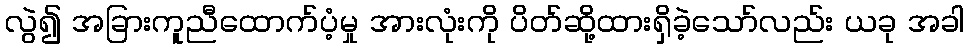
လွဲ၍ အခြားကူညီထောက်ပံ့မှု အားလုံးကို ပိတ်ဆို့ထားရှိခဲ့သော်လည်း ယခု အခါ